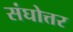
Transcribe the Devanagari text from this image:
संघोत्तर